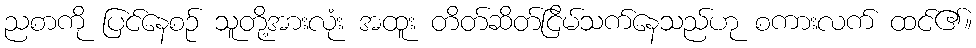
ညစာကို ပြင်နေစဉ် သူတို့အားလုံး အထူး တိတ်ဆိတ်ငြိမ်သက်နေသည်ဟု စကားလက် ထင်၏။